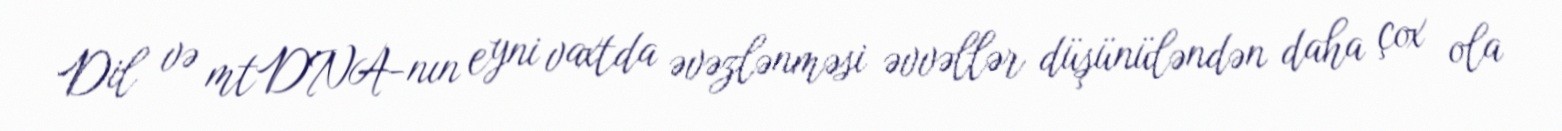
Dil və mtDNA-nın eyni vaxtda əvəzlənməsi əvvəllər düşünüləndən daha çox ola